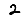
Digit: 2